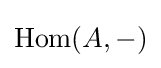
\mathrm {Hom} (A,-)